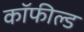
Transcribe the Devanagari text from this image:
कॉफील्ड